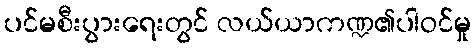
ပင်မစီးပွားရေးတွင် လယ်ယာကဏ္ဍ၏ပါဝင်မှု